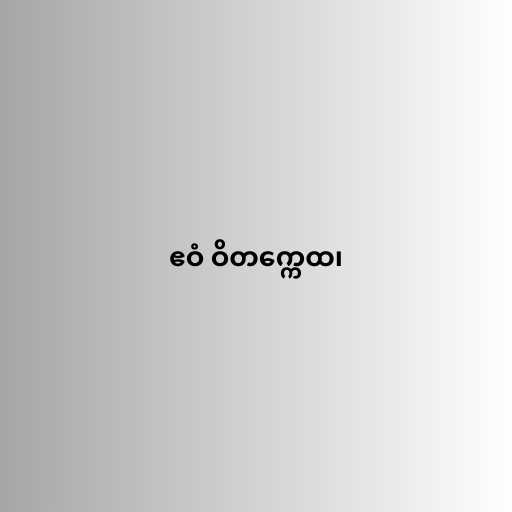
ဧဝံ ဝိတက္ကေထ၊